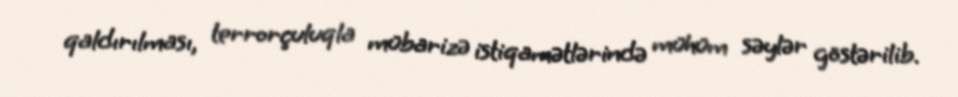
qaldırılması, terrorçuluqla mübarizə istiqamətlərində mühüm səylər göstərilib.